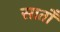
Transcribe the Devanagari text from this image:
सातोँ